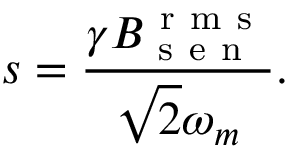
s = \frac { \gamma B _ { \mathrm { ~ s ~ e ~ n ~ } } ^ { \mathrm { ~ r ~ m ~ s ~ } } } { \sqrt { 2 } \omega _ { m } } .